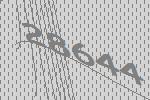
28644